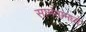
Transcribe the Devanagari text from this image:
सामंतांमध्ये